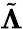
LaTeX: \tilde{\mathbf\Lambda}